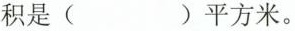
面积是( )平方米。